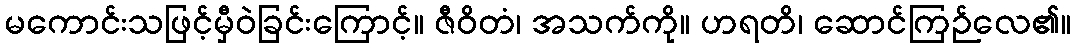
မကောင်းသဖြင့်မှီဝဲခြင်းကြောင့်။ ဇီဝိတံ၊ အသက်ကို။ ဟရတိ၊ ဆောင်ကြဉ်လေ၏။